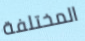
المختلفة